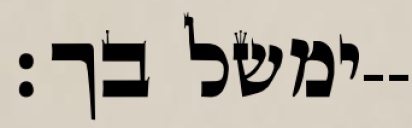
ימשל בך׃--